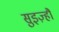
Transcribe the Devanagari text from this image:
सुइज़्हौ